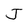
Character: J